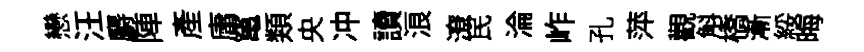
戀汪麝陣產庸𥧄類央冲讀浪潦民淪岞孔萍觀斛橋漸綏晦